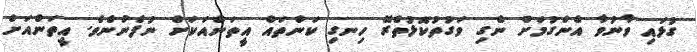
ގުޅައި ވާނުވާ އެންގުމަށް ނެގި ވަގުތުކޮޅުތެރޭ ހިނގި ކަންތައް އީތަންއަކަށް ނުފެނުނެވެ. އީތަންއަށް